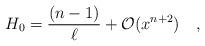
LaTeX: \begin{align*}H_0=\frac{(n-1)}{\ell}+{\cal O}(x^{n+2}) \quad ,\end{align*}